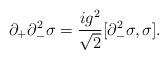
LaTeX: \begin{align*}\partial_{+}\partial_{-}^{2}\sigma ={ig^{2}\over\sqrt{2}}[\partial_{-}^{2}\sigma ,\sigma].\end{align*}